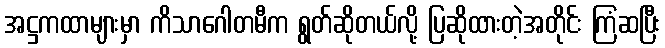
အဋ္ဌကထာများမှာ ကိသာဂေါတမီက ရွတ်ဆိုတယ်လို့ ပြဆိုထားတဲ့အတိုင်း ကြံဆပြီး